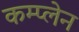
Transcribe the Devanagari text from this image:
कम्प्लेन